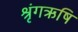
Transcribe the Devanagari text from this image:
श्रृंगऋषि